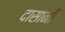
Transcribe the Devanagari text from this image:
दासानी